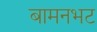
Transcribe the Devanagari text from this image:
बामनभट